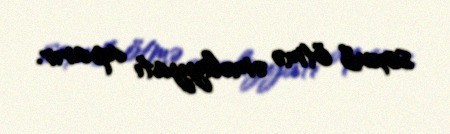
soxub ötmə əməliyyatı aparır.